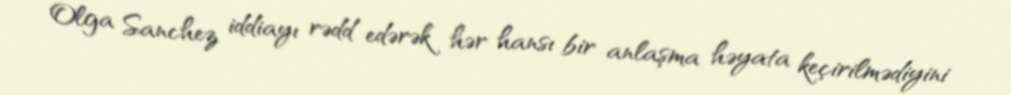
Olga Sanchez iddiayı rədd edərək hər hansı bir anlaşma həyata keçirilmədiyini